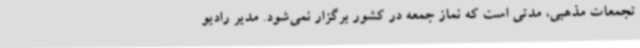
تجمعات مذهبی، مدتی است که نماز جمعه در کشور برگزار نمی‌شود. مدیر رادیو